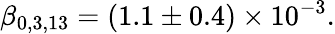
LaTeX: \beta_{0,3,13}=(1.1\pm 0.4)\times 10^{-3}.